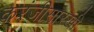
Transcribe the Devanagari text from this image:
करंजीसारखी